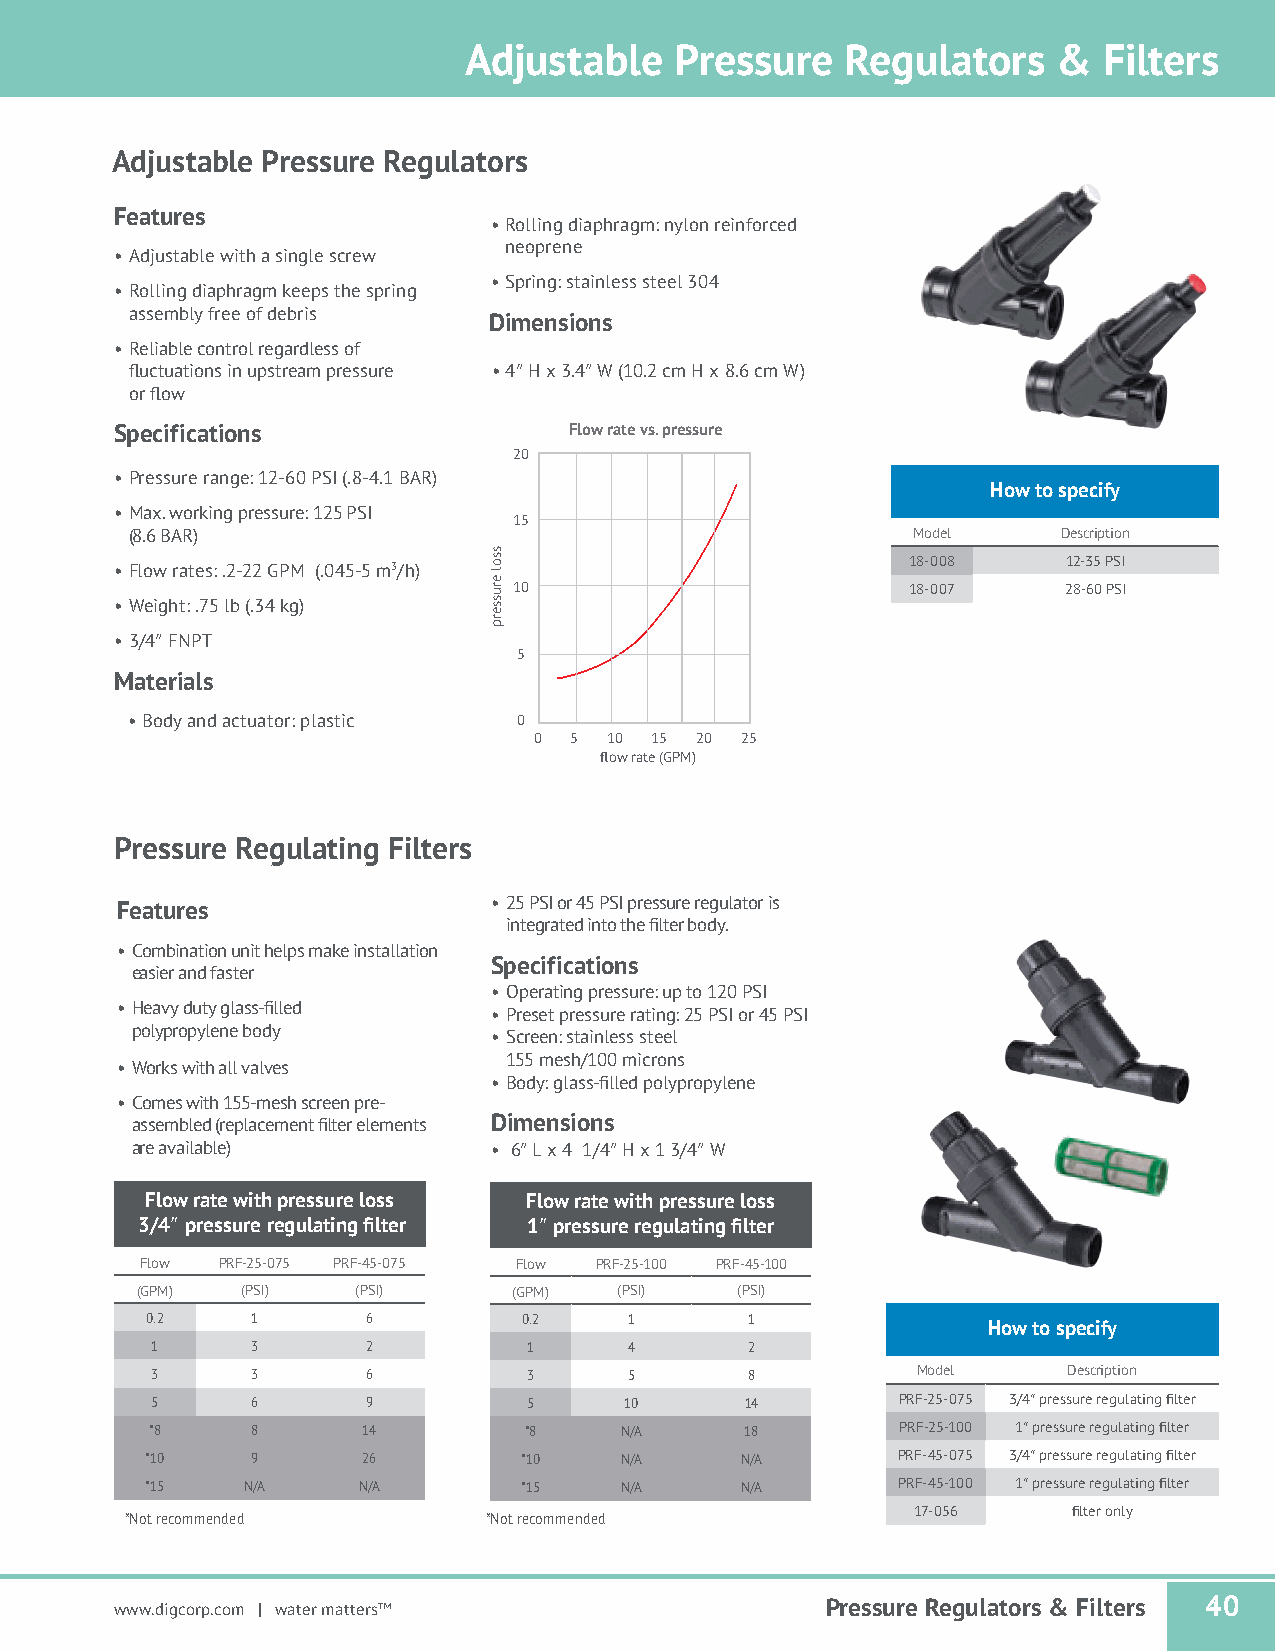
Adjustable    Pressure   Regulators    &  Filters
 Adjustable Pressure Regulators
 Features
 • Rolling diaphragm: nylon reinforced
 neoprene
 • Adjustable with a single screw
 • Spring: stainless steel 304
 • Rolling diaphragm keeps the spring
 assembly free of debris
 Dimensions
 • Reliable control regardless of
 fluctuations in upstream pressure • 4″ H x 3.4″ W (10.2 cm H x 8.6 cm W)
 or flow
 Specifications                Flow rate vs. pressure
 20
 • Pressure range: 12-60 PSI (.8-4.1 BAR)
 How to specify
 • Max. working pressure: 125 PSI
 15
 (8.6 BAR)                                          Model     Description
 18-008     12-35 PSI
 • Flow rates: .2-22 GPM (.045-5 m3/h)
 10                        18-007     28-60 PSI
 • Weight: .75 lb (.34 kg)
 • 3/4″ FNPT
 5
 Materials
 • Body and actuator: plastic 0
 0  5 10 15 20 25
 flow rate (GPM)
 Pressure Regulating Filters
 • 25 PSI or 45 PSI pressure regulator is
 Features
 integrated into the filter body.
 • Combination unit helps make installation
 Specifications
 easier and faster
 • Operating pressure: up to 120 PSI
 • Heavy duty glass-filled
 • Preset pressure rating: 25 PSI or 45 PSI
 polypropylene body
 • Screen: stainless steel
 155 mesh/100 microns
 • Works with all valves
 • Body: glass-filled polypropylene
 • Comes with 155-mesh screen pre-
 assembled (replacement filter elements Dimensions
 are available)          • 6″ L x 4 1/4″ H x 1 3/4″ W
 Flow rate with pressure loss Flow rate with pressure loss
 3/4″ pressure regulating filter 1″ pressure regulating filter
 Flow PRF-25-075 PRF-45-075 Flow PRF-25-100 PRF-45-100
 (GPM)  (PSI)   (PSI)     (GPM)  (PSI)   (PSI)
 0.2    1      6          0.2    1       1
 How to specify
 1      3      2          1      4       2
 3      3      6          3      5       8          Model     Description
 5      6      9          5     10      14        PRF-25-075 3/4″ pressure regulating filter
 *8     8      14         *8    N/A     18         PRF-25-100 1″ pressure regulating filter
 *10    9      26        *10    N/A     N/A       PRF-45-075 3/4″ pressure regulating filter
 *15   N/A     N/A       *15    N/A     N/A       PRF-45-100 1″ pressure regulating filter
 17-056     filter only
 *Not recommended        *Not recommended
 www.digcorp.com | water matters™               Pressure Regulators & Filters 40
 ssol
 erusserp